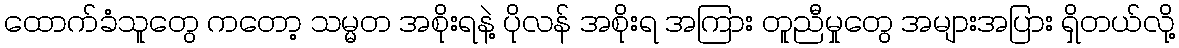
ထောက်ခံသူတွေ ကတော့ သမ္မတ အစိုးရနဲ့ ပိုလန် အစိုးရ အကြား တူညီမှုတွေ အများအပြား ရှိတယ်လို့